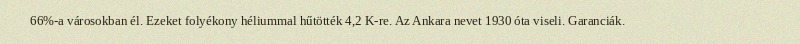
66%-a városokban él. Ezeket folyékony héliummal hűtötték 4,2 K-re. Az Ankara nevet 1930 óta viseli. Garanciák.